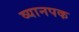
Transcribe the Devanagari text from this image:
व्यानपक